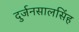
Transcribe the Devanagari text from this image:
दुर्जनसालसिंह